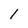
Character: l